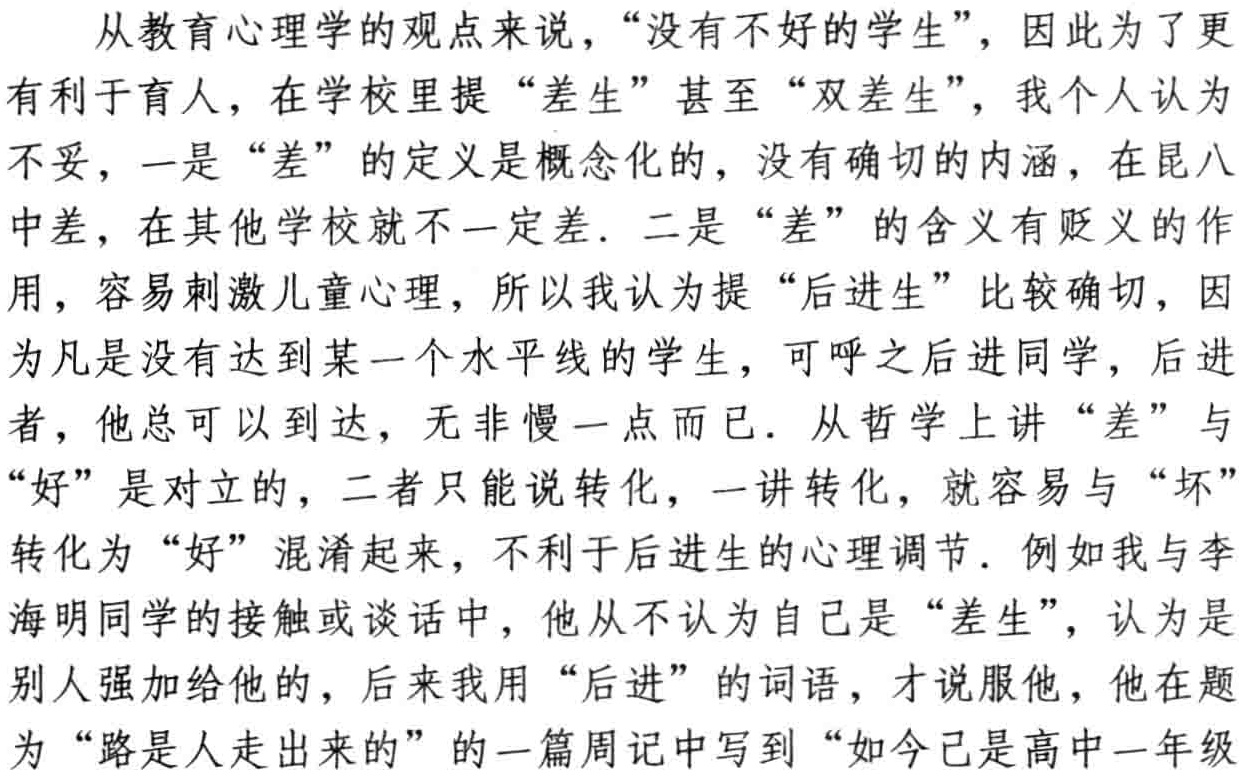
从教育心理学的观点来说，“没有不好的学生”，因此为了更

有利于育人，在学校里提“差生”甚至“双差生”，我个人认为

不妥，一是“差”的定义是概念化的，没有确切的内涵，在昆八

中差，在其他学校就不一定差．二是“差”的含义有贬义的作

用，容易刺激儿童心理，所以我认为提“后进生”比较确切，因

为凡是没有达到某一个水平线的学生，可呼之后进同学，后进

者，他总可以到达，无非慢一点而已．从哲学上讲“差”与

“好”是对立的，二者只能说转化，一讲转化，就容易与“坏”

转化为“好”混淆起来，不利于后进生的心理调节．例如我与李

海明同学的接触或谈话中，他从不认为自己是“差生”，认为是

别人强加给他的，后来我用“后进”的词语，才说服他，他在题

为“路是人走出来的”的一篇周记中写到“如今已是高中一年级